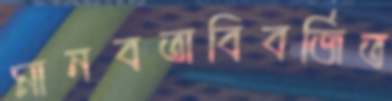
মানবতাবিবর্জিত